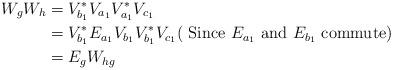
LaTeX: \begin{align*}W_{g}W_{h}&=V_{b_1}^{*}V_{a_1}V_{a_1}^{*}V_{c_1} \\ &=V_{b_1}^{*}E_{a_1}V_{b_{1}}V_{b_{1}}^{*}V_{c_1} (\textrm{~Since $E_{a_1}$ and $E_{b_1}$ commute}) \\ &=E_{g}W_{hg}\end{align*}